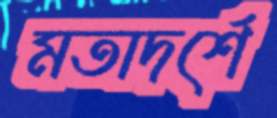
মতাদর্শে